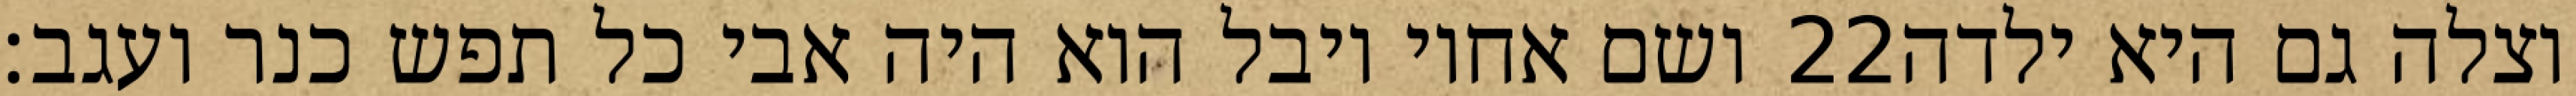
ושם אחיו יובל הוא היה אבי כל תפש כנר ועגב׃ ‎22‏ וצלה גם היא ילדה